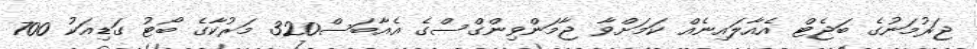
ޖަރުމަނުގެ ބަޖެޓް އެއާލައިނެއް ކަމަށްވާ ޖާމަންވިންގްސްގެ އެއާބަސް320 މަރުކާގެ ބޯޓު ގަޑިއަކު 700